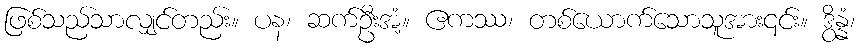
ဖြစ်သည်သာလျှင်တည်း။ ပန၊ ဆက်ဦးအံ့။ ဧကဿ၊ တစ်ယောက်သောသူအား၎င်း။ ဒွိန္နံ၊